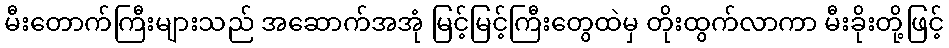
မီးတောက်ကြီးများသည် အဆောက်အအုံ မြင့်မြင့်ကြီးတွေထဲမှ တိုးထွက်လာကာ မီးခိုးတို့ဖြင့်